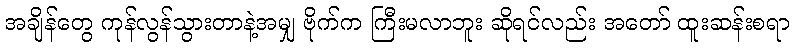
အချိန်တွေ ကုန်လွန်သွားတာနဲ့အမျှ ဗိုက်က ကြီးမလာဘူး ဆိုရင်လည်း အတော် ထူးဆန်းစရာ